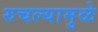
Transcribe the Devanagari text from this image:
रुचल्यामुळे